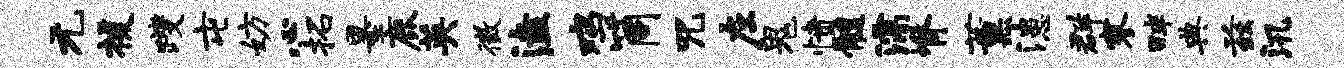
元援躞屯妨心拓墨鹿英徵溘鸡筒咒左鬼愤髓濡脊薰漶群寥畔典兹汛